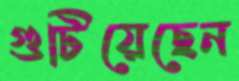
গুটিয়েছেন